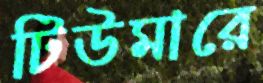
টিউমারে